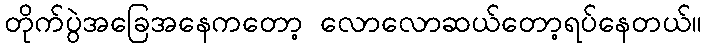
တိုက်ပွဲအခြေအနေကတော့ လောလောဆယ်တော့ရပ်နေတယ်။